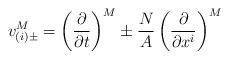
LaTeX: \begin{align*}v_{(i)\pm}^M = \left(\frac{\partial}{\partial t}\right)^M \pm \frac{N}{A}\left(\frac{\partial}{\partial x^i}\right)^M\end{align*}